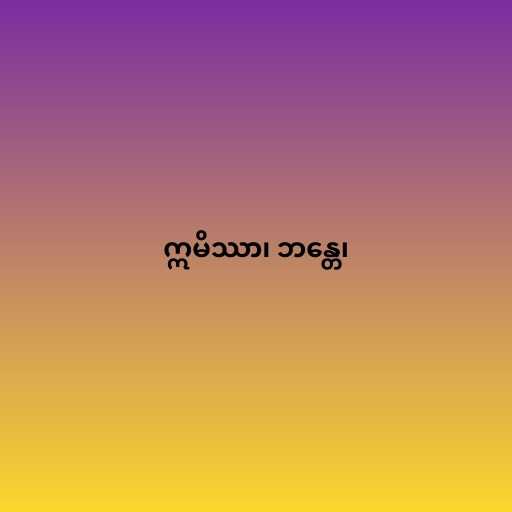
ဣမိဿာ၊ ဘန္တေ၊